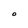
Character: O